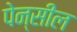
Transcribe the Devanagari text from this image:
पेन्सील